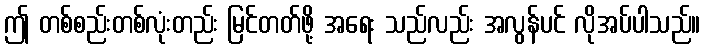
ဤ တစ်စည်းတစ်လုံးတည်း မြင်တတ်ဖို့ အရေး သည်လည်း အလွန်ပင် လိုအပ်ပါသည်။